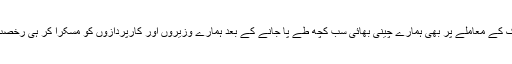
مجھے لگا سی پیک کے معاملے پر بھی ہمارے چینی بھائی سب کچھ طے پا جانے کے بعد ہمارے وزیروں اور کارپردازوں کو مسکرا کر ہی رخصت کرتے ہوں گے۔